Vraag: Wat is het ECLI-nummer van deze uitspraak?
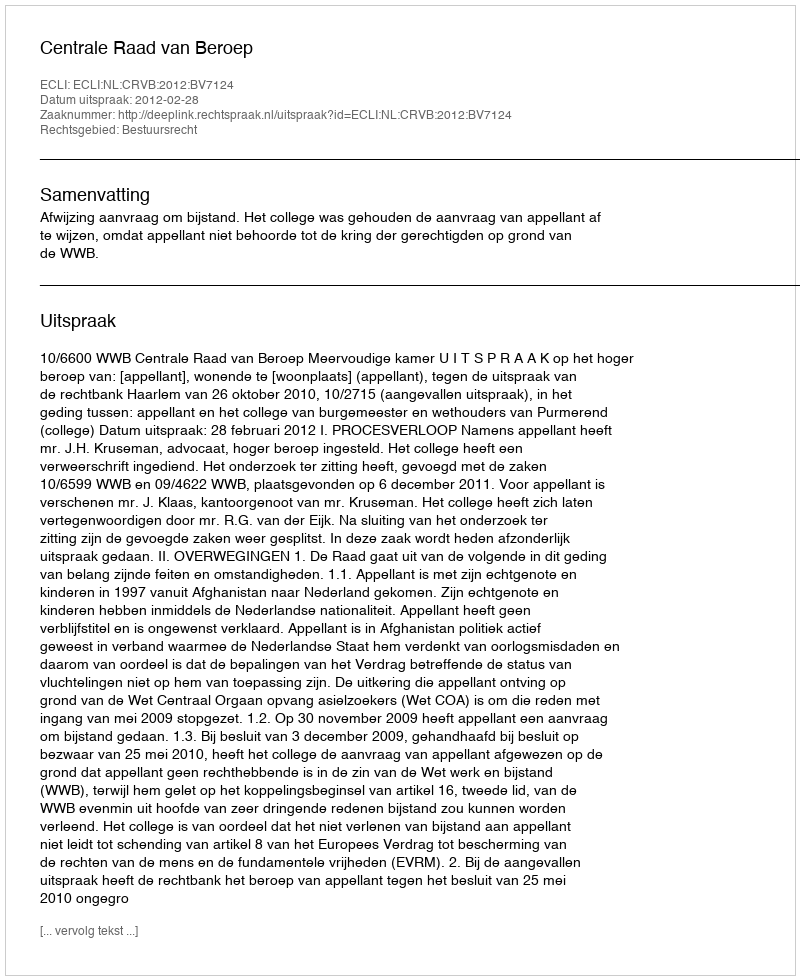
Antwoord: ECLI:NL:CRVB:2012:BV7124